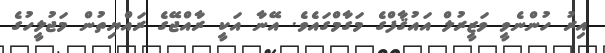
އިރު ހުންނެވީ ވަޒީރުލް އައުޤާފްގެ މަގާމްގައެވެ. އޭނާ އަކީ ރާއްޖޭގެ ރައްޔިތުން މަޖުލީހުގެ